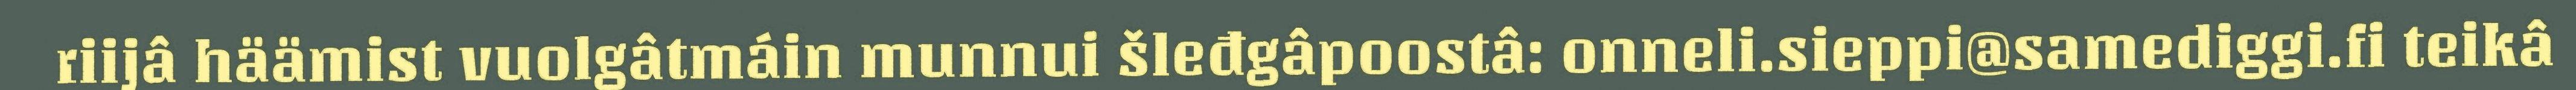
riijâ häämist vuolgâtmáin munnui šleđgâpoostâ: onneli.sieppi@samediggi.fi teikâ